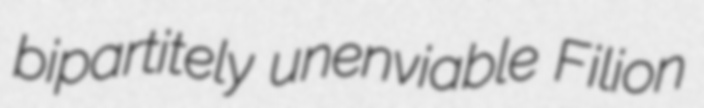
bipartitely unenviable Filion